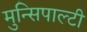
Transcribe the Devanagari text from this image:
मुन्सिपाल्टी